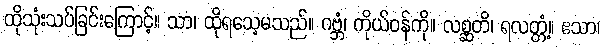
ထိုသုံးသပ်ခြင်းကြောင့်။ သာ၊ ထိုရသေ့မသည်။ ဂဗ္ဘံ၊ ကိုယ်ဝန်ကို။ လစ္ဆတိ၊ ရလတ္တံ့။ ဧသာ၊